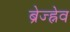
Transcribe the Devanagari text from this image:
ब्रेज्ह्नेव